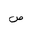
Letter: _sad